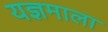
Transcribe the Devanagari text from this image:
यज्ञमाला